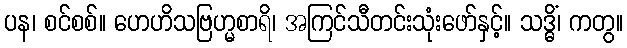
ပန၊ စင်စစ်။ ဟေဟိသဗြဟ္မစာရိ၊ အကြင်သီတင်းသုံးဖော်နှင့်။ သဒ္ဓိံ၊ ကတွ။